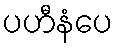
ပဟီနံပေ